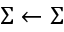
\Sigma \leftarrow \Sigma